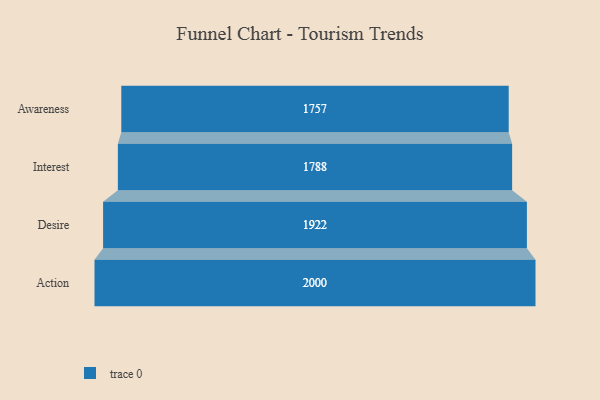
{"axis": {"x": "Stage", "y": "Value"}, "legend": [""], "data": [{"x": "Awareness", "y": 1757.0, "type": ""}, {"x": "Interest", "y": 1788.0, "type": ""}, {"x": "Desire", "y": 1922.0, "type": ""}, {"x": "Action", "y": 2000, "type": ""}]}